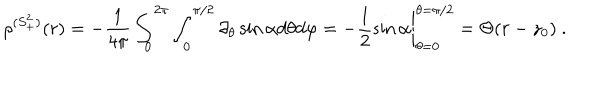
\rho ^ { ( S _ { + } ^ { 2 } ) } ( r ) = - \frac { 1 } { 4 \pi } \int _ { 0 } ^ { 2 \pi } \int _ { 0 } ^ { \pi / 2 } \partial _ { \theta } \sin \alpha d \theta d \varphi = - \left. \frac { 1 } { 2 } \sin \alpha \right| _ { \theta = 0 } ^ { \theta = \pi / 2 } = \Theta ( r - z _ { 0 } ) \ .